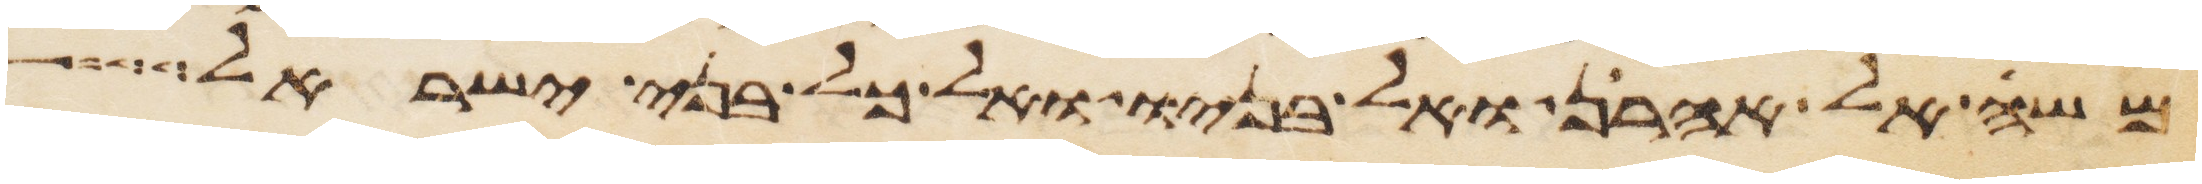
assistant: משה אל אהרן ואל בניו ואל כל בני ישראל